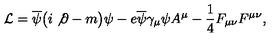
{ \cal L } = \overline { { \psi } } \bigl ( i \not { { } \partial } - m \bigr ) \psi - e \overline { { \psi } } \gamma _ { \mu } \psi A ^ { \mu } - { \frac { 1 } { 4 } } F _ { \mu \nu } F ^ { \mu \nu } ,